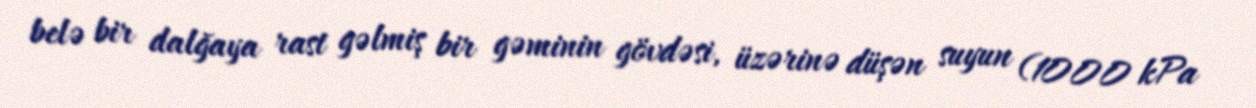
belə bir dalğaya rast gəlmiş bir gəminin gövdəsi, üzərinə düşən suyun (1000 kPa